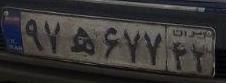
۹۷ه۶۷۷۴۲